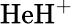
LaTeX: \mathrm{HeH^{+}}